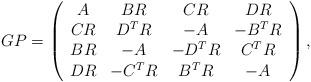
LaTeX: \begin{align*} GP = \left( \begin{array}{cccc} A & BR & CR & DR \\ CR & D^TR & -A & -B^T R \\ BR & -A & -D^TR & C^T R \\ DR & -C^TR & B^TR & -A \\ \end{array} \right), \end{align*}